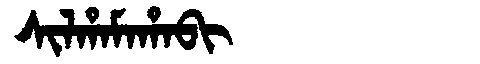
Manchu: ᠰᡳᠯᡥᠠᠮᠠᡥᠠᠪᡳ
Romanization: SILHAMAHABI